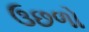
ઉછળો